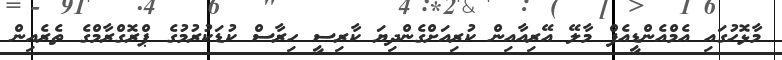
މާޅޮހުގައި އެމްއެންޑީއެފް މާލޭ އޭރިއާއިން ކުރިއަށްގެންދިޔަ ކާރިސީ ހިރާސް ކުޑަކުރުމުގެ ޕްރޮގްރާމްގެ ތެރެއިން